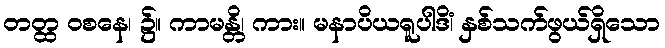
တတ္ထ ဝစနေ၊ ၌။ ကာမန္တိ၊ ကား။ မနာပိယရူပါဒိံ၊ နှစ်သက်ဖွယ်ရှိသော